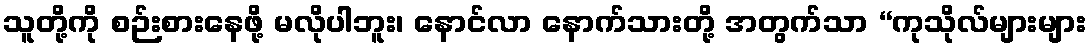
သူတို့ကို စဉ်းစားနေဖို့ မလိုပါဘူး၊ နောင်လာ နောက်သားတို့ အတွက်သာ “ကုသိုလ်များများ